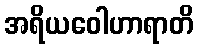
အရိယဝေါဟာရာတိ